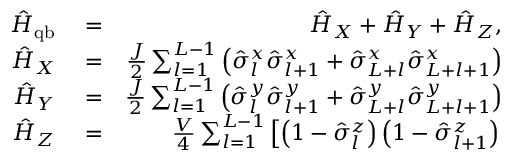
\begin{array} { r l r } { \hat { H } _ { \mathrm { q b } } } & { { } = } & { \hat { H } _ { X } + \hat { H } _ { Y } + \hat { H } _ { Z } , } \\ { \hat { H } _ { X } } & { { } = } & { \frac { J } { 2 } \sum _ { l = 1 } ^ { L - 1 } \left( \hat { \sigma } _ { l } ^ { x } \hat { \sigma } _ { l + 1 } ^ { x } + \hat { \sigma } _ { L + l } ^ { x } \hat { \sigma } _ { L + l + 1 } ^ { x } \right) } \\ { \hat { H } _ { Y } } & { { } = } & { \frac { J } { 2 } \sum _ { l = 1 } ^ { L - 1 } \left( \hat { \sigma } _ { l } ^ { y } \hat { \sigma } _ { l + 1 } ^ { y } + \hat { \sigma } _ { L + l } ^ { y } \hat { \sigma } _ { L + l + 1 } ^ { y } \right) } \\ { \hat { H } _ { Z } } & { { } = } & { \frac { V } { 4 } \sum _ { l = 1 } ^ { L - 1 } \left[ \left( 1 - \hat { \sigma } _ { l } ^ { z } \right) \left( 1 - \hat { \sigma } _ { l + 1 } ^ { z } \right) \right. } \end{array}